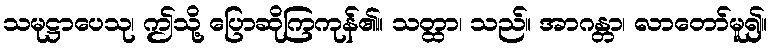
သမုဋ္ဌာပေသု၊ ဤသို့ ပြောဆိုကြကုန်၏။ သတ္ထာ၊ သည်။ အာဂန္တာ၊ လာတော်မူ၍။